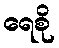
ရေစို